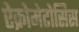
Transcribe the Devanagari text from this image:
ऐक्रोमेटोसिस